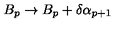
B _ { p } \rightarrow B _ { p } + \delta \alpha _ { p + 1 }